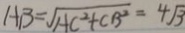
A B = \sqrt { A C ^ { 2 } + C B ^ { 2 } } = 4 \sqrt { 3 }